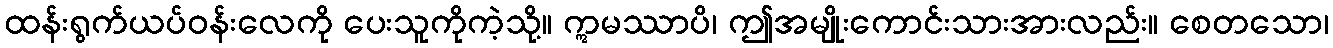
ထန်းရွက်ယပ်ဝန်းလေကို ပေးသူကိုကဲ့သို့။ ဣမဿာပိ၊ ဤအမျိုးကောင်းသားအားလည်း။ စေတသော၊